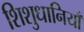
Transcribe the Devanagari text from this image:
शिशुधानियाँ